Triennial report on the lunatic asylums in the province of Eastern Bengal and Assam - 1903-1911
Year: 1903
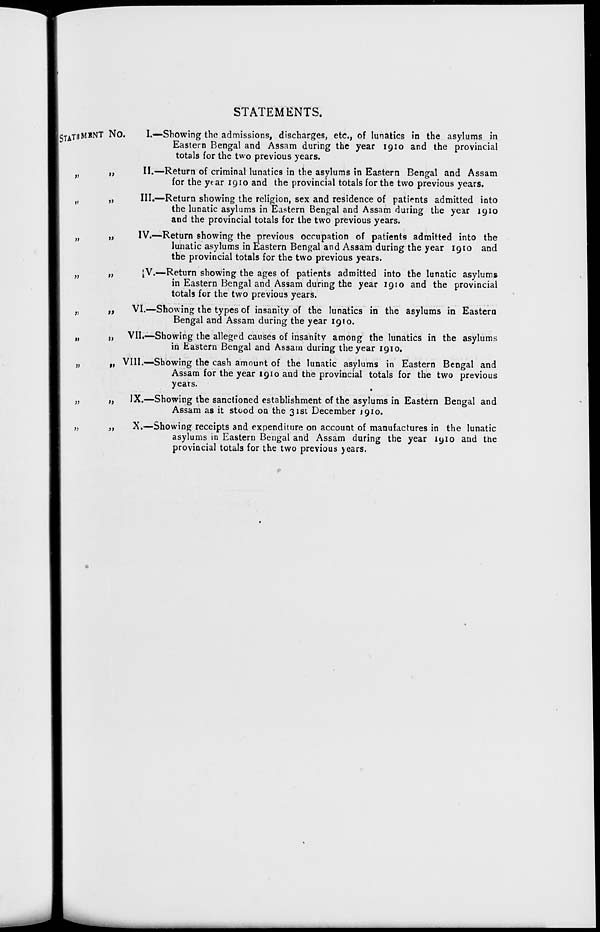
STATEMENTS.
STATEMENT No
„
„
„
„
„
„
„
„
„
„
„
„
„
„
„
„
„
„
I.—Showing the admissions, discharges, etc., of lunatics in the asylums in
Eastern Bengal and Assam during the year 1910 and the provincial
totals for the two previous years.
II.—Return of criminal lunatics in the asylums in Eastern Bengal and Assam
for the year 1910 and the provincial totals for the two previous years.
III.—Return showing the religion, sex and residence of patients admitted into
the lunatic asylums in Eastern Bengal and Assam during the year 1910
and the provincial totals for the two previous years.
IV.—Return showing the previous occupation of patients admitted into the
lunatic asylums in Eastern Bengal and Assam during the year 1910 and
the provincial totals for the two previous years.
V.—Return showing the ages of patients admitted into the lunatic asylums
in Eastern Bengal and Assam during the year 1910 and the provincial
totals for the two previous years.
VI.—Showing the types of insanity of the lunatics in the asylums in Eastern
Bengal and Assam during the year 1910.
VII.—Showing the alleged causes of insanity among the lunatics in the asylums
in Eastern Bengal and Assam during the year 1910.
VIII.—Showing the cash amount of the lunatic asylums in Eastern Bengal and
Assam for the year 1910 and the provincial totals for the two previous
years.
IX.—Showing the sanctioned establishment of the asylums in Eastern Bengal and
Assam as it stood on the 31st December 1910.
X.—Showing receipts and expenditure on account of manufactures in the lunatic
asylums in Eastern Bengal and Assam during the year 1910 and the
provincial totals for the two previous years.